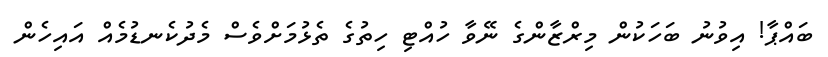
ބައްޕާ! އިވުނު ބަހަކުން މިރްޒާންގެ ނޭވާ ހުއްޓި ހިތުގެ ތެޅުމަށްވެސް މެދުކެނޑުމެއް އައިހެން